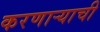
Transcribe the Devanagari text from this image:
करणार्‍याची